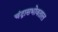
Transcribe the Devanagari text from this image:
चंद्रासभोवताल